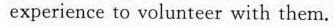
experience to volunteer with them.